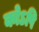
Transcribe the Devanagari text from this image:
कोऽपि